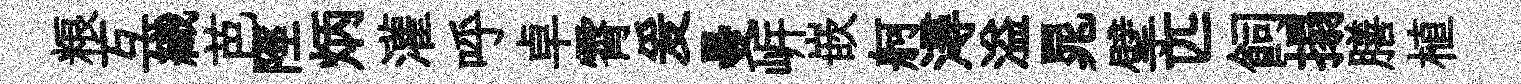
粮互織芭陘炳灌呼卓霄爰曼㟁嵌舸潯溢晁擘匹飼搨膳植